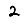
Digit: 2